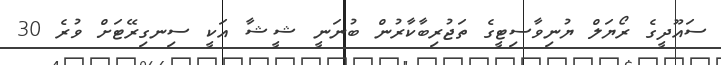
ސައޫދީގެ ރޯޔަލް ޔުނިވާސިޓީގެ ތަޖުރިބާކާރުން ބުނަނީ ޝީޝާ އަކީ ސިނގިރޭޓަށް ވުރެ 30